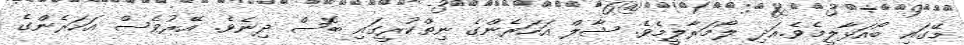
މޭގައި ބޯއަޅާލީމެވެ.އަދި ލޯމަރާލީމެވެ. ޝާލް އަހަރެންގެ ނިތްކުރީގައި ބޮސް ދިނެވެ. އޭރުވެސް އަހަރެންގެ